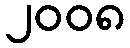
၂၀၀၈